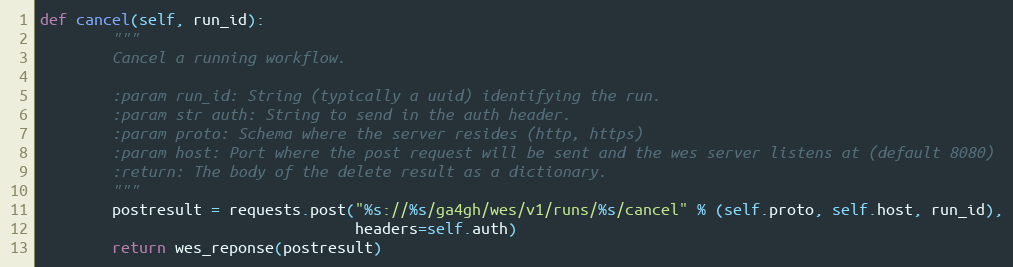
Language: Python
def cancel(self, run_id):
        """
        Cancel a running workflow.

        :param run_id: String (typically a uuid) identifying the run.
        :param str auth: String to send in the auth header.
        :param proto: Schema where the server resides (http, https)
        :param host: Port where the post request will be sent and the wes server listens at (default 8080)
        :return: The body of the delete result as a dictionary.
        """
        postresult = requests.post("%s://%s/ga4gh/wes/v1/runs/%s/cancel" % (self.proto, self.host, run_id),
                                   headers=self.auth)
        return wes_reponse(postresult)